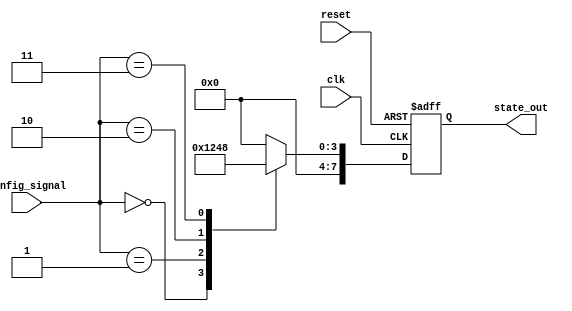
module ConfigurableInitialConditions (
    input wire [2:0] config_signal,  // Configuration signal to select initial condition
    input wire reset,                 // Active-high reset signal
    input wire clk,                   // Clock signal
    output reg [7:0] state_out        // State output representing the current state
);

// Internal state register
reg [7:0] state_reg;

// Default state definition
localparam DEFAULT_STATE = 8'b00000000;

// Predefined initial conditions
localparam INIT_COND_0 = 8'b00000001;
localparam INIT_COND_1 = 8'b00000010;
localparam INIT_COND_2 = 8'b00000100;
localparam INIT_COND_3 = 8'b00001000;

// Always block for synchronous reset and state update
always @(posedge clk or posedge reset) begin
    if (reset) begin
        // Load default state on reset
        state_reg <= DEFAULT_STATE;
    end else begin
        // Update state register based on configuration signal
        case (config_signal)
            3'b000: state_reg <= INIT_COND_0; // Select initial condition 0
            3'b001: state_reg <= INIT_COND_1; // Select initial condition 1
            3'b010: state_reg <= INIT_COND_2; // Select initial condition 2
            3'b011: state_reg <= INIT_COND_3; // Select initial condition 3
            default: state_reg <= DEFAULT_STATE; // Default case
        endcase
    end
end

// Assign state output to the state register
assign state_out = state_reg;

endmodule